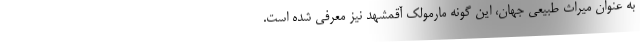
به عنوان میراث طبیعی جهان، این گونه مارمولک آقمشهد نیز معرفی شده است.